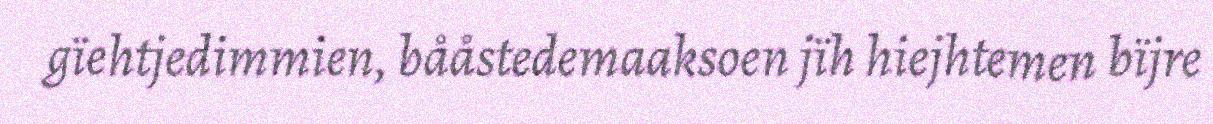
gïehtjedimmien, bååstedemaaksoen jïh hiejhtemen bïjre